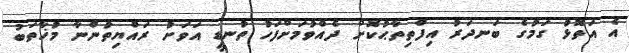
އެ އަތޮޅު ގަމުގެ ބަނދަރު އިފްތިތާޙުކޮށް ދެއްވުމަށްފަހު ތުނޑީ އަވަށު ރައްޔިތުންނާ މުޚާތަބު